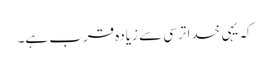
کہ یہی خدا ترسی سے زیادہ قرب ہے۔